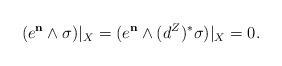
LaTeX: \begin{align*}\begin{aligned}(e^{\bf{n}}\wedge\sigma )|_{X}=(e^{\bf{n}}\wedge (d^{Z})^{*}\sigma) |_{X}=0.\end{aligned}\end{align*}